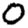
Digit: 0